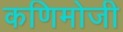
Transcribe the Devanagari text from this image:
कणिमोजी